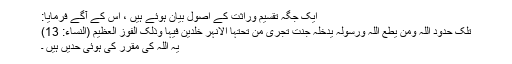
ایک جگہ تقسیم وراثت کے اصول بیان ہوئے ہیں ، اس کے آگے فرمایا:
تِلْکَ حُدُودُ اللّہِ وَمَن یُطِعِ اللّہَ وَرَسُولَہُ یُدْخِلْہُ جَنّٰتٍ تَجْرِیْ مِن تَحْتِہَا الأَنْہٰرُ خٰلِدِیْنَ فِیْہَا وَذَلِکَ الْفَوْزُ الْعَظِیْم (النساء: 13)
یہ اللہ کی مقرر کی ہوئی حدیں ہیں ۔